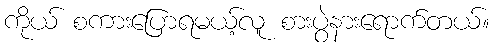
ကိုယ် စကားပြောရမယ့်လူ စားပွဲနားရောက်တယ်။